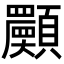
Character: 𩕾